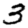
Digit: 3